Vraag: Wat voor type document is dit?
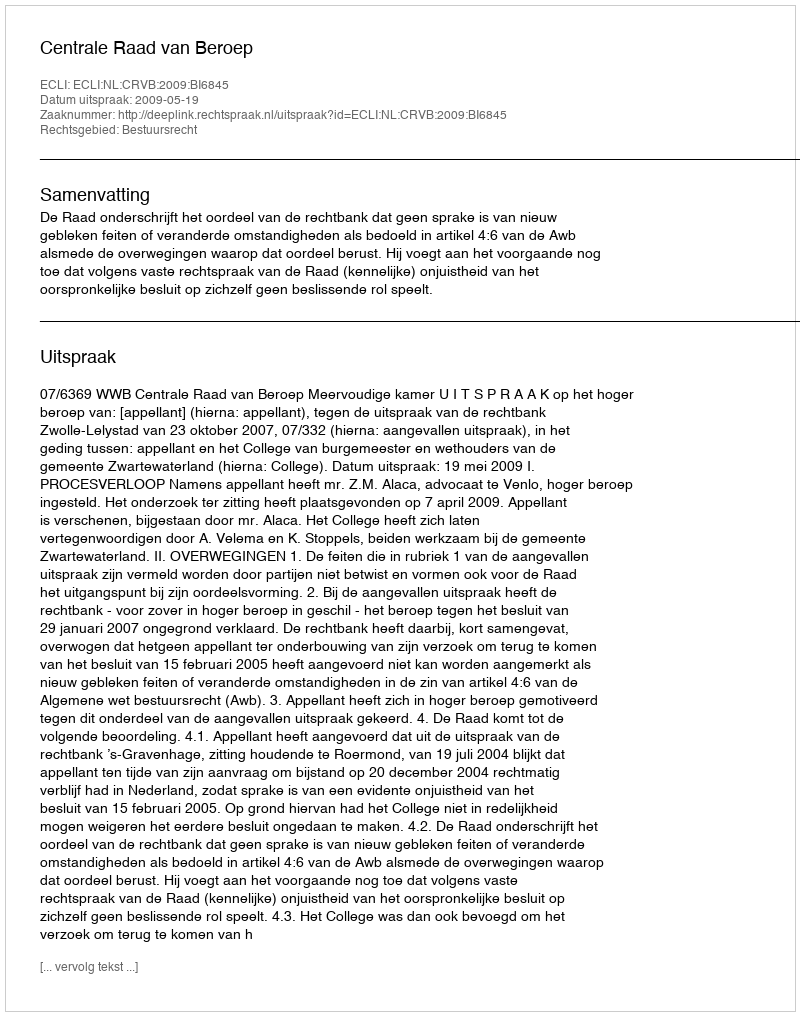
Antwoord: Uitspraak